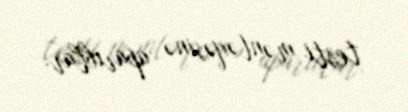
testi məntəqəsinə aparıblar.